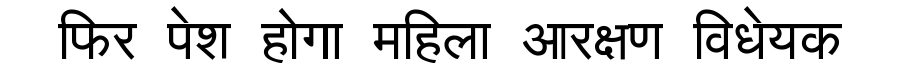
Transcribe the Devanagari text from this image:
फिर पेश होगा महिला आरक्षण विधेयक